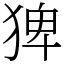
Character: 猈